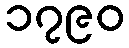
၁၇၉၀